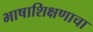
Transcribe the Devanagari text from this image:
भाषाशिक्षणाचा